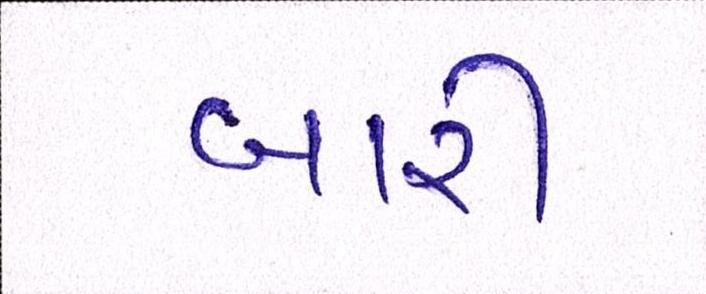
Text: બારી